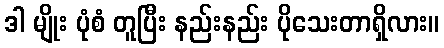
ဒါ မျိုး ပုံစံ တူပြီး နည်းနည်း ပိုသေးတာရှိလား။